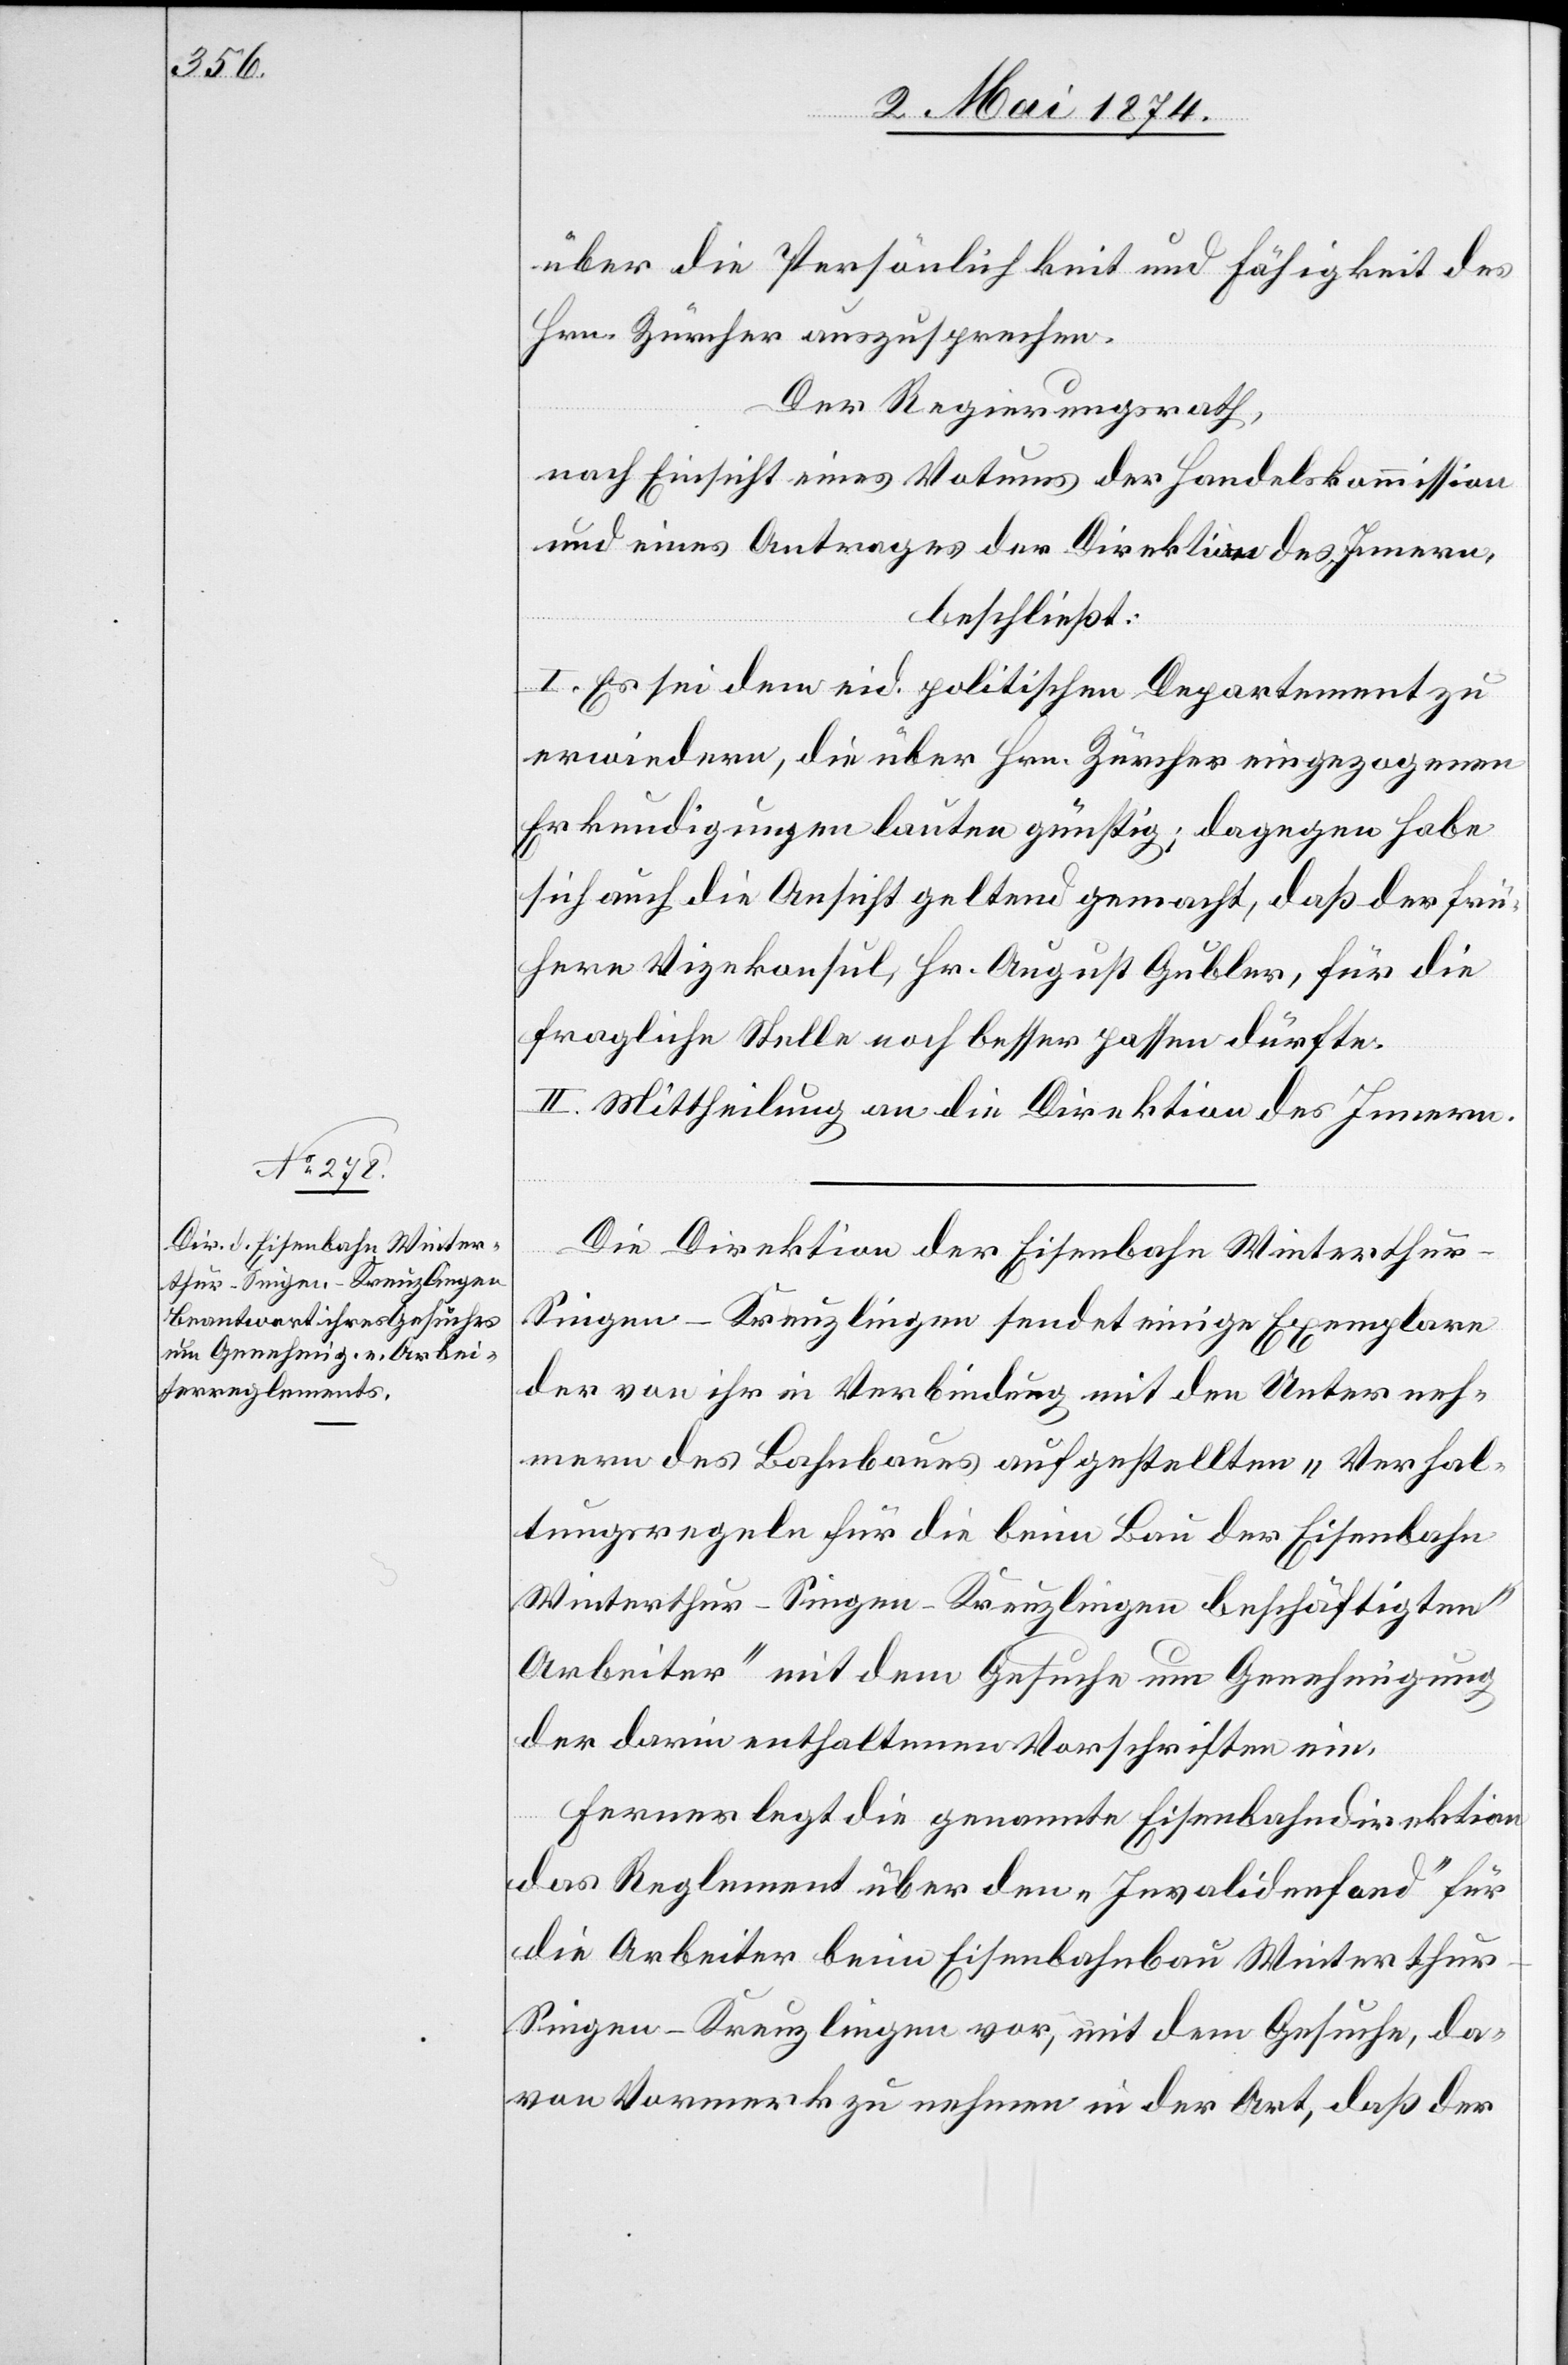
von

über die Persönlichkeit und Fähigkeit des
Hrn. Zürcher auszusprechen.
Der Regierungsrath,
nach Einsicht eines Votums der Handelskommission
und eines Antrages der Direktion des Innern,
beschließt:
I. Es sei dem eid. politischen Departement zu
erwiedern, die über Hrn. Zürcher eingezogenen
Erkundigungen lauten günstig; dagegen habe
sich auch die Ansicht geltend gemacht, daß der frü¬
here Vizekonsul, Hr. August Gubler, für die
fragliche Stelle noch besser passen dürfte.
II. Mittheilung an die Direktion des Innern.
Die Direktion der Eisenbahn Winterthu¬
r-Singen-Kreuzlingen sendet einige Exemplare
der von ihr in Verbindung mit den Unterneh¬
mern des Bahnbaues aufgestellten „Verhal¬
tungsregeln für die beim Bau der Eisenbahn
Winterthur-Singen-Kreuzlingen beschäftigten
Arbeiter“ mit dem Gesuche um Genehmigung
der darin enthaltenen Vorschriften ein.
Ferner legt die genannte Eisenbahndirektion
das Reglement über den „Invalidenfond“ für
die Arbeiter beim Eisenbahnbau Winterthu¬
r-Singen-Kreuzlingen vor, mit dem Gesuche, da¬